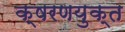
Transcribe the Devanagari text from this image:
क्षरणयुक्त